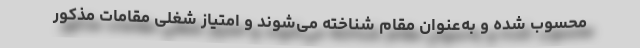
محسوب شده و به‌عنوان مقام شناخته می‌شوند و امتیاز شغلی مقامات مذکور